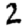
Digit: 2